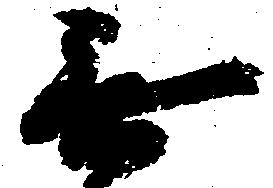
無